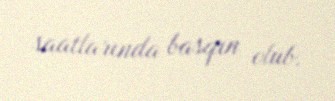
saatlarında basqın olub.